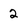
Character: 2